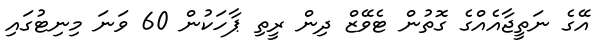
އޭގެ ނަތީޖާއެއްގެ ގޮތުން ޓެވޭޒް ދިން ރީތި ޕާހަކުން 60 ވަނަ މިނިޓުގައި